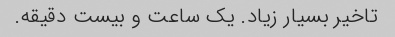
تاخیر بسیار زیاد. یک ساعت و بیست دقیقه.